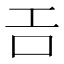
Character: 𢀛